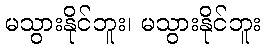
မသွားနိုင်ဘူး၊ မသွားနိုင်ဘူး